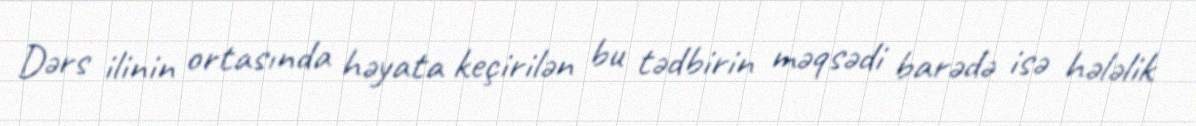
Dərs ilinin ortasında həyata keçirilən bu tədbirin məqsədi barədə isə hələlik